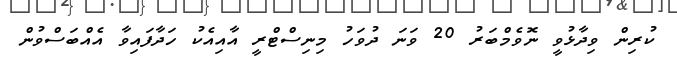
ކުރިން ވިދާޅުވީ ނޮވެމްބަރު 20 ވަނަ ދުވަހު މިނިސްޓްރީ އާއިއެކު ހަދާފައިވާ އެއްބަސްވުން